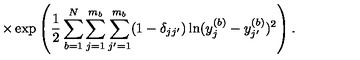
\times \exp \left( \frac { 1 } { 2 } \sum _ { b = 1 } ^ { N } \sum _ { j = 1 } ^ { m _ { b } } \sum _ { j ^ { \prime } = 1 } ^ { m _ { b } } ( 1 - \delta _ { j j ^ { \prime } } ) \ln ( y _ { j } ^ { ( b ) } - y _ { j ^ { \prime } } ^ { ( b ) } ) ^ { 2 } \right) .